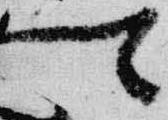
卿